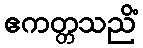
ဧကတ္တသညိံ